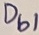
Text: Db1